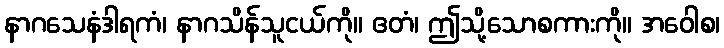
နာဂသေနံဒါရကံ၊ နာဂသိန်သူငယ်ကို။ ဧတံ၊ ဤသို့သောစကားကို။ အဝေါစ၊